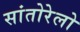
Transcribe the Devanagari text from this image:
सांतोरेलो